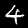
Digit: 4